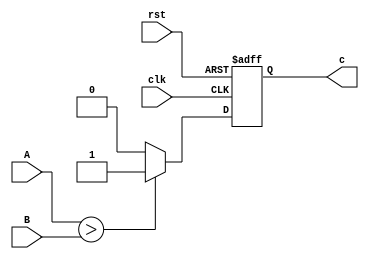
module comp(clk, A, B, rst, c);
input clk, rst;
input [11:0]A;
input [11:0]B;
output reg c;


always @(posedge clk or negedge rst)
begin
	if(!rst)
		c <= 0;
	else if(A > B)
		c <= 1;
	else
		c <= 0;
end

endmodule